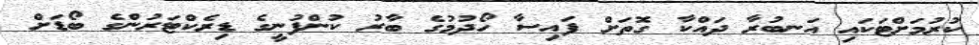
ކުރުމަށްޓަކައި އަނބުރާ ދައްކާ ގޮތަށް ފައިސާ ހޯދުމުގެ ބާރު ކުންފުނީގެ ޑިރެކްޓަރުންގެ ބޯޑަށް